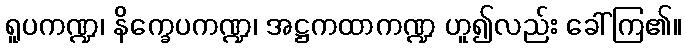
ရူပကဏ္ဍ၊ နိက္ခေပကဏ္ဍ၊ အဋ္ဌကထာကဏ္ဍ ဟူ၍လည်း ခေါ်ကြ၏။